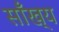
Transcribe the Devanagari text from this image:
साँख्य